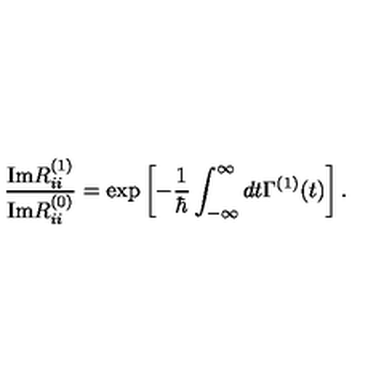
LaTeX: \frac { \mathrm { I m } R _ { i i } ^ { ( 1 ) } } { \mathrm { I m } R _ { i i } ^ { ( 0 ) } } = \exp \left[ - \frac { 1 } { \hbar } \int _ { - \infty } ^ { \infty } d t \Gamma ^ { ( 1 ) } ( t ) \right] .